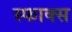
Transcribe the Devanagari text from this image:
स्फाक्स